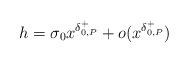
LaTeX: \begin{align*}h=\sigma_{0}x^{\delta_{0,P}^{+}}+o(x^{\delta_{0,P}^{+}})\end{align*}